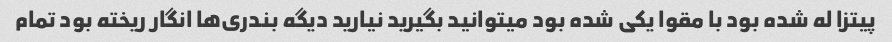
پیتزا له شده بود با مقوا یکی شده بود میتوانید بگیرید نیارید دیگه بندری‌ها انگار ریخته بود تمام